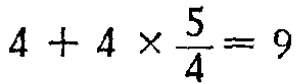
\(4 + 4 \times \frac{5}{4} = 9\)